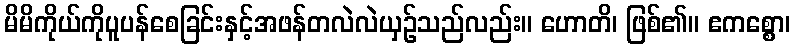
မိမိကိုယ်ကိုပူပန်စေခြင်းနှင့်အဖန်တလဲလဲယှဉ်သည်လည်း။ ဟောတိ၊ ဖြစ်၏။ ဧကစ္စော၊